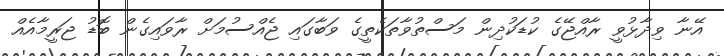
އޭނާ ވިދާޅުވީ ރާއްޖޭގެ ކުޑަކުދިން މަސްތުވާތަކެތީގެ ވަބާގައި ޖެއްސުމަށް ރާވައިގެން ބޮޑު ޖަރީމާއެއް